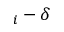
_ i - \delta